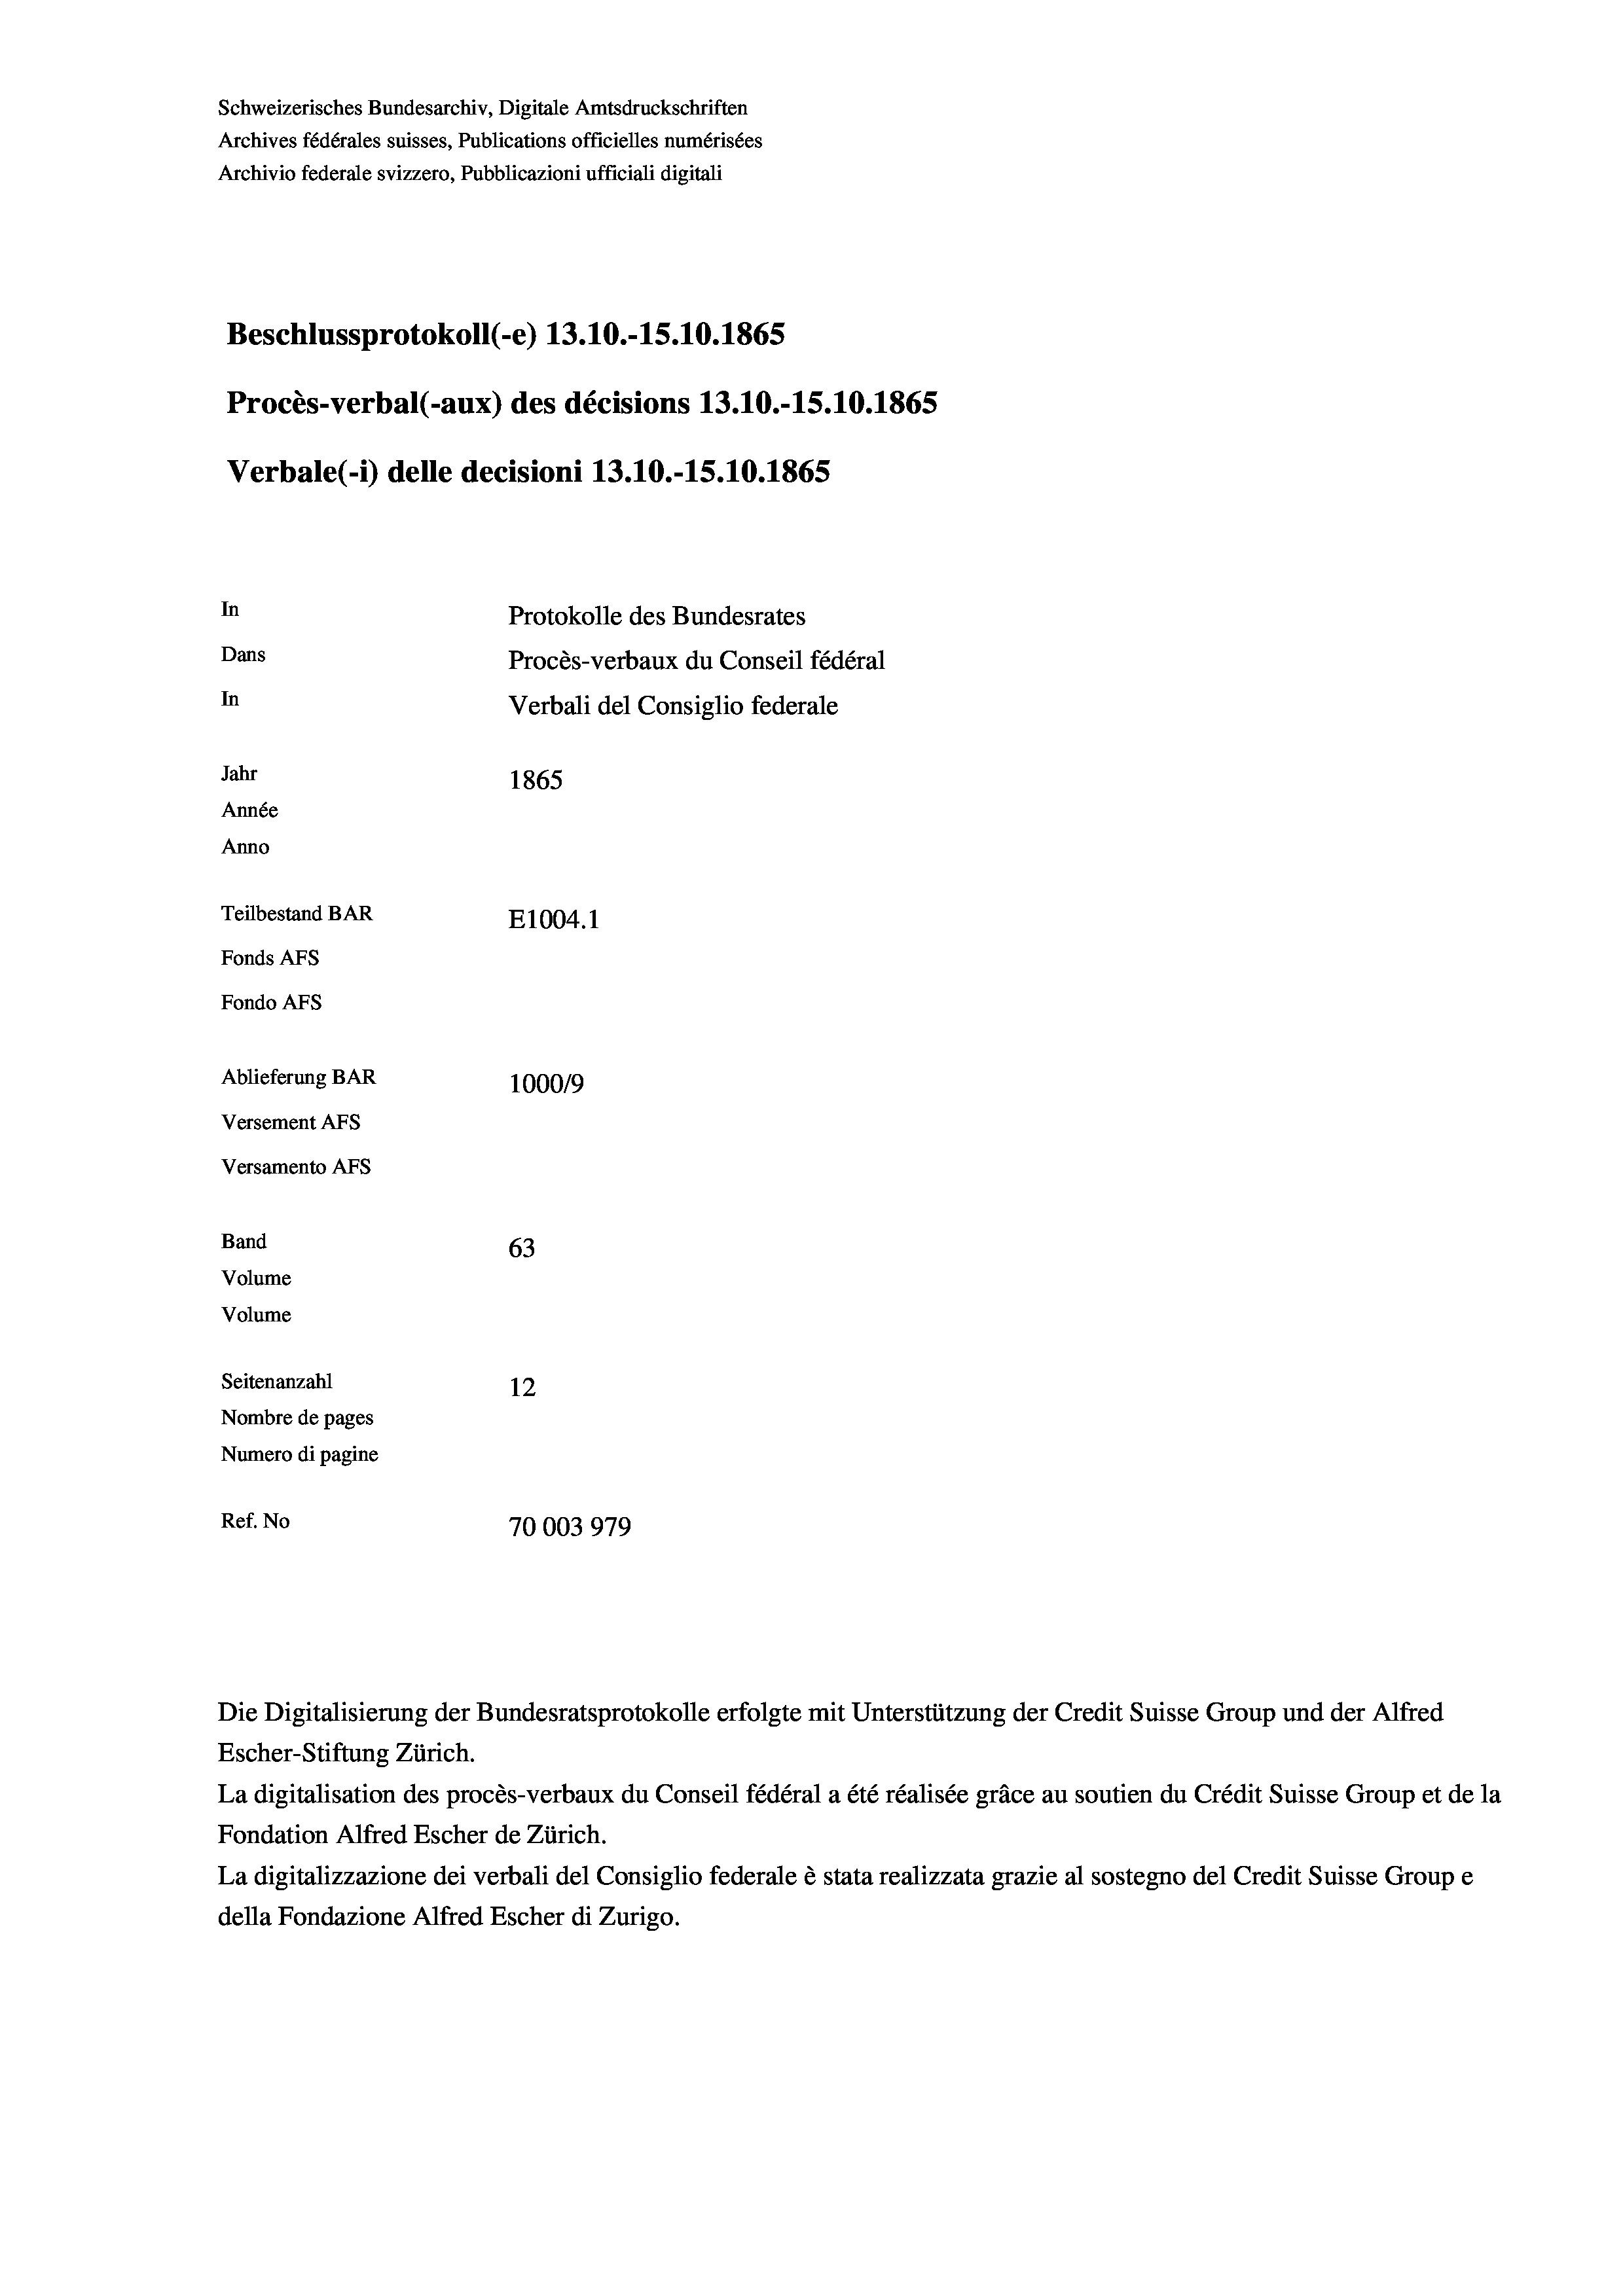
Schweizerisches Bundesarchiv, Digitale Amtsdruckschriften
Archives fédérales suisses, Publications officielles numérisées
Archivio federale svizzero, Pubblicazioni ufficiali digitali
Beschlussprotokoll (-e) 13.10.-15.10.1865
Procès-verbal (-aux) des décisions 13.10.-15.10.1865
Verbale (- 1) delle decisioni 13.10.-15.10.1865
In
Protokolle des Bundesrates
Dans
Procès-verbaux du Conseil fédéral
In
Verbali del Consiglio federale
Jahr
1865
Année
Anno
Teilbestand BAR
E1004.1
Fonds Afs
Fondo AFS
Ablieferung BAR
100019
Versement AFs
Versamento AFs

63
Seitenanzahl
12
Nombre de pages
Numero di pagine
Ref. No
70003979

Band

Volume
Volume

Escher-Stiftung Zürich.
La digitalisation des procès-verbaux du Conseil fédéral a été réalisée gräce au soutien du Crédit Suisse Group et de la
Fondation Alfred Escher de Zürich.
La digitalizzazione dei verbali del Consiglio federale è stata realizzata grazie al sostegno del Credit Suisse Groupe
della Fondazione Alfred Escher di Zurigo.

Die Digitalisierung der Bundesratsprotokolle erfolgte mit Unterstützung der Credit Suisse Group und der Alfred